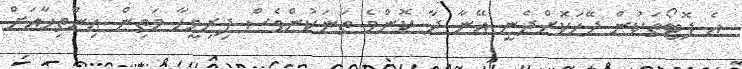
އެ ފޮޓޯތަކުން ދޭހަކޮށްދެނީ އޭނާ ދާ ކޮންމެ ތަނަކުންވެސް ފިރިމީހާ މަތިން އިންތިހާއަށް